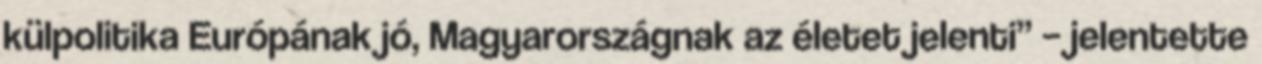
külpolitika Európának jó, Magyarországnak az életet jelenti” – jelentette